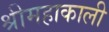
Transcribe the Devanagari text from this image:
श्रीमहाकाली